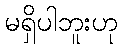
မရှိပါဘူးဟု